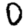
Digit: 0